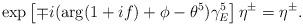
LaTeX: \begin{align*}\exp\left[\mp i(\arg(1+if)+\phi-\theta^5)\gamma_E^5\right]\eta^\pm=\eta^\pm.\end{align*}